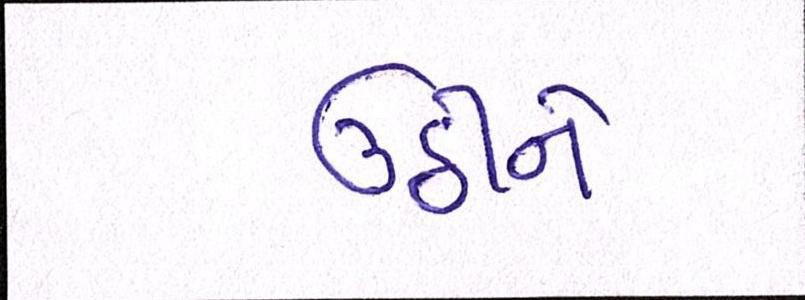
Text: ઉઠીને